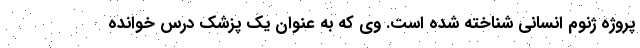
پروژه ژنوم انسانی شناخته شده است. وی که به عنوان یک پزشک درس خوانده